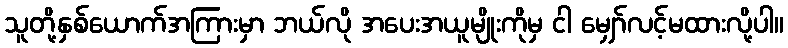
သူတို့နှစ်ယောက်အကြားမှာ ဘယ်လို အပေးအယူမျိုးကိုမှ ငါ မျှော်လင့်မထားလို့ပါ။